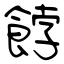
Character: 餑